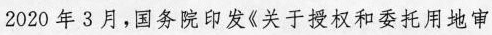
2020年3月，国务院印发《关于授权和委托用地审